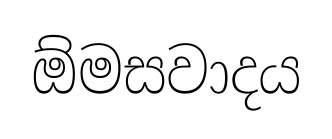
ඕමසවාදය